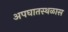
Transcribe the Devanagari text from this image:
अपघातस्थळास